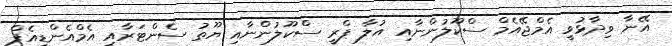
އޭނާ ވިދާޅުވީ އެމްޖޭއެމް ސްކޫލުންނާއި އުލާ ޕްރީ ސްކޫލުންނާއި ޔޫތު ސެންޓަރާއި އެމްއެންޑީއެފް